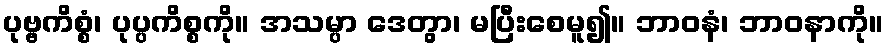
ပုဗ္ဗကိစ္စံ၊ ပုပ္ပကိစ္စကို။ အသမ္ပာ ဒေတွာ၊ မပြီးစေမူ၍။ ဘာဝနံ၊ ဘာဝနာကို။